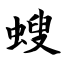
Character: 螋